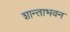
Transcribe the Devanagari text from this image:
शान्ताभवन